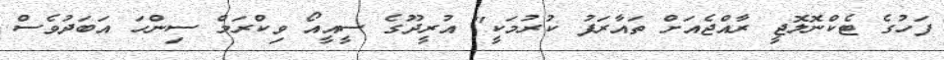
ފަހުގެ ޓެކްނޮލޮޖީ ރާއްޖެއަށް ތައާރަފު ކުރުމަކީ" އުރީދޫގެ ސީއީއޯ ވިކްރަމް ސިންހަ އަބަދުވެސް